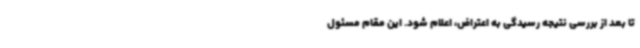
تا بعد از بررسی نتیجه رسیدگی به اعتراض، اعلام شود. این مقام مسئول